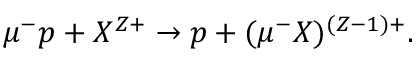
\begin{array} { r } { \mu ^ { - } p + X ^ { Z + } \rightarrow p + ( \mu ^ { - } X ) ^ { ( Z - 1 ) + } . } \end{array}